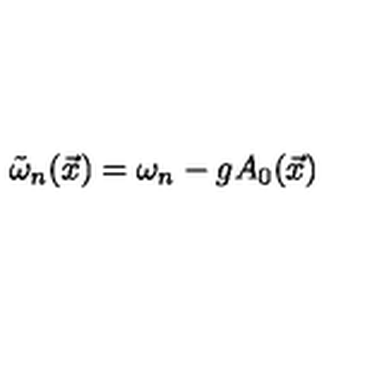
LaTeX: \tilde { \omega } _ { n } ( \vec { x } ) = \omega _ { n } - g A _ { 0 } ( \vec { x } )